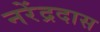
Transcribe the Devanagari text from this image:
नरेंद्रदास